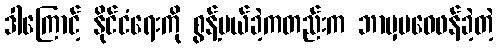
ဒါကြောင့် နိုင်ငံရေးကို စွန့်ပယ်ခဲ့ကတည်းက ဘာမှမဝေဖန်ခဲ့တဲ့